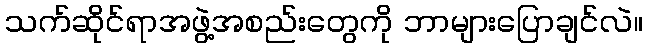
သက်ဆိုင်ရာအဖွဲ့အစည်းတွေကို ဘာများပြောချင်လဲ။